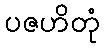
ပဇဟိတုံ